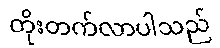
တိုးတက်လာပါသည်